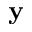
\mathbf { y }